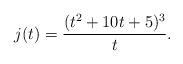
LaTeX: \begin{align*}j(t) = \frac{(t^2+10t+5)^3}{t}.\end{align*}